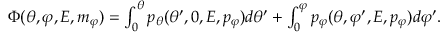
\begin{array} { r } { \Phi ( \theta , \varphi , E , m _ { \varphi } ) = \int _ { 0 } ^ { \theta } p _ { \theta } ( \theta ^ { \prime } , 0 , E , p _ { \varphi } ) d \theta ^ { \prime } + \int _ { 0 } ^ { \varphi } p _ { \varphi } ( \theta , \varphi ^ { \prime } , E , p _ { \varphi } ) d \varphi ^ { \prime } . } \end{array}